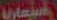
استعارنا